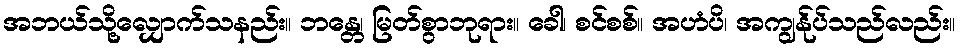
အဘယ်သို့လျှောက်သနည်း။ ဘန္တေ၊ မြတ်စွာဘုရား။ ခေါ၊ စင်စစ်။ အဟံပိ၊ အကျွန်ုပ်သည်လည်း။